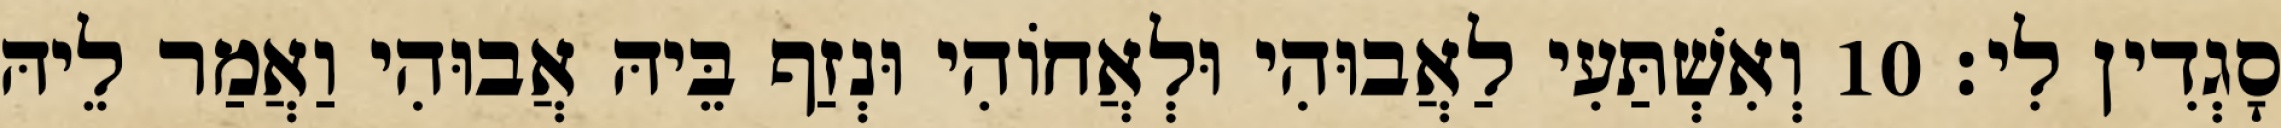
סָגְדִין לִי׃ 10 וְאִשְׁתַּעִי לַאֲבוּהִי וּלְאֲחוֹהִי וּנְזַף בֵּיהּ אֲבוּהִי וַאֲמַר לֵיהּ